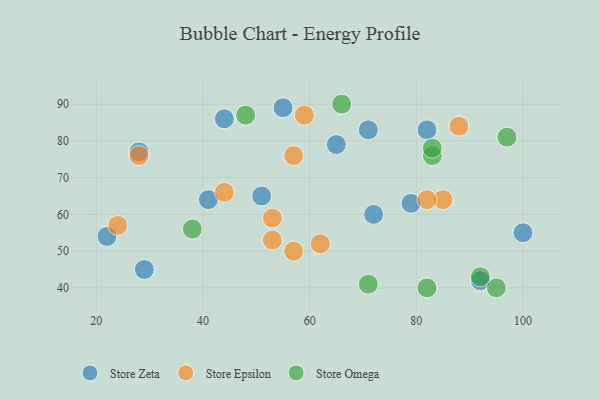
{"axis": {"x": "GDP", "y": "Life Expectancy"}, "legend": ["Store Epsilon", "Store Omega", "Store Zeta"], "data": [{"x": "41", "y": 64, "type": "Store Zeta"}, {"x": "72", "y": 60, "type": "Store Zeta"}, {"x": "100", "y": 55, "type": "Store Zeta"}, {"x": "44", "y": 86, "type": "Store Zeta"}, {"x": "92", "y": 42, "type": "Store Zeta"}, {"x": "22", "y": 54, "type": "Store Zeta"}, {"x": "82", "y": 83, "type": "Store Zeta"}, {"x": "29", "y": 45, "type": "Store Zeta"}, {"x": "71", "y": 83, "type": "Store Zeta"}, {"x": "51", "y": 65, "type": "Store Zeta"}, {"x": "55", "y": 89, "type": "Store Zeta"}, {"x": "28", "y": 77, "type": "Store Zeta"}, {"x": "79", "y": 63, "type": "Store Zeta"}, {"x": "65", "y": 79, "type": "Store Zeta"}, {"x": "59", "y": 87, "type": "Store Epsilon"}, {"x": "88", "y": 84, "type": "Store Epsilon"}, {"x": "57", "y": 50, "type": "Store Epsilon"}, {"x": "53", "y": 59, "type": "Store Epsilon"}, {"x": "85", "y": 64, "type": "Store Epsilon"}, {"x": "82", "y": 64, "type": "Store Epsilon"}, {"x": "24", "y": 57, "type": "Store Epsilon"}, {"x": "62", "y": 52, "type": "Store Epsilon"}, {"x": "57", "y": 76, "type": "Store Epsilon"}, {"x": "44", "y": 66, "type": "Store Epsilon"}, {"x": "53", "y": 53, "type": "Store Epsilon"}, {"x": "28", "y": 76, "type": "Store Epsilon"}, {"x": "38", "y": 56, "type": "Store Omega"}, {"x": "66", "y": 90, "type": "Store Omega"}, {"x": "71", "y": 41, "type": "Store Omega"}, {"x": "48", "y": 87, "type": "Store Omega"}, {"x": "83", "y": 76, "type": "Store Omega"}, {"x": "97", "y": 81, "type": "Store Omega"}, {"x": "95", "y": 40, "type": "Store Omega"}, {"x": "92", "y": 43, "type": "Store Omega"}, {"x": "83", "y": 78, "type": "Store Omega"}, {"x": "82", "y": 40, "type": "Store Omega"}]}